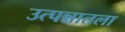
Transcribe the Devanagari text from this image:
उत्पन्नातला